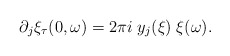
\begin{align*}\partial_j \xi_\tau(0,\omega)= 2 \pi i \; y_j(\xi) \; \xi(\omega). \end{align*}